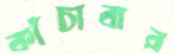
কাঁচাবার